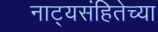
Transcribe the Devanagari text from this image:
नाट्यसंहितेच्या